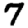
Digit: 7